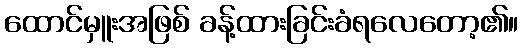
ထောင်မှူးအဖြစ် ခန့်ထားခြင်းခံရလေတော့၏။